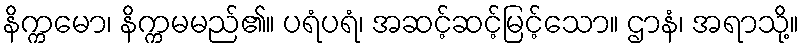
နိက္ကမော၊ နိက္ကမမည်၏။ ပရံပရံ၊ အဆင့်ဆင့်မြင့်သော။ ဌာနံ၊ အရာသို့။